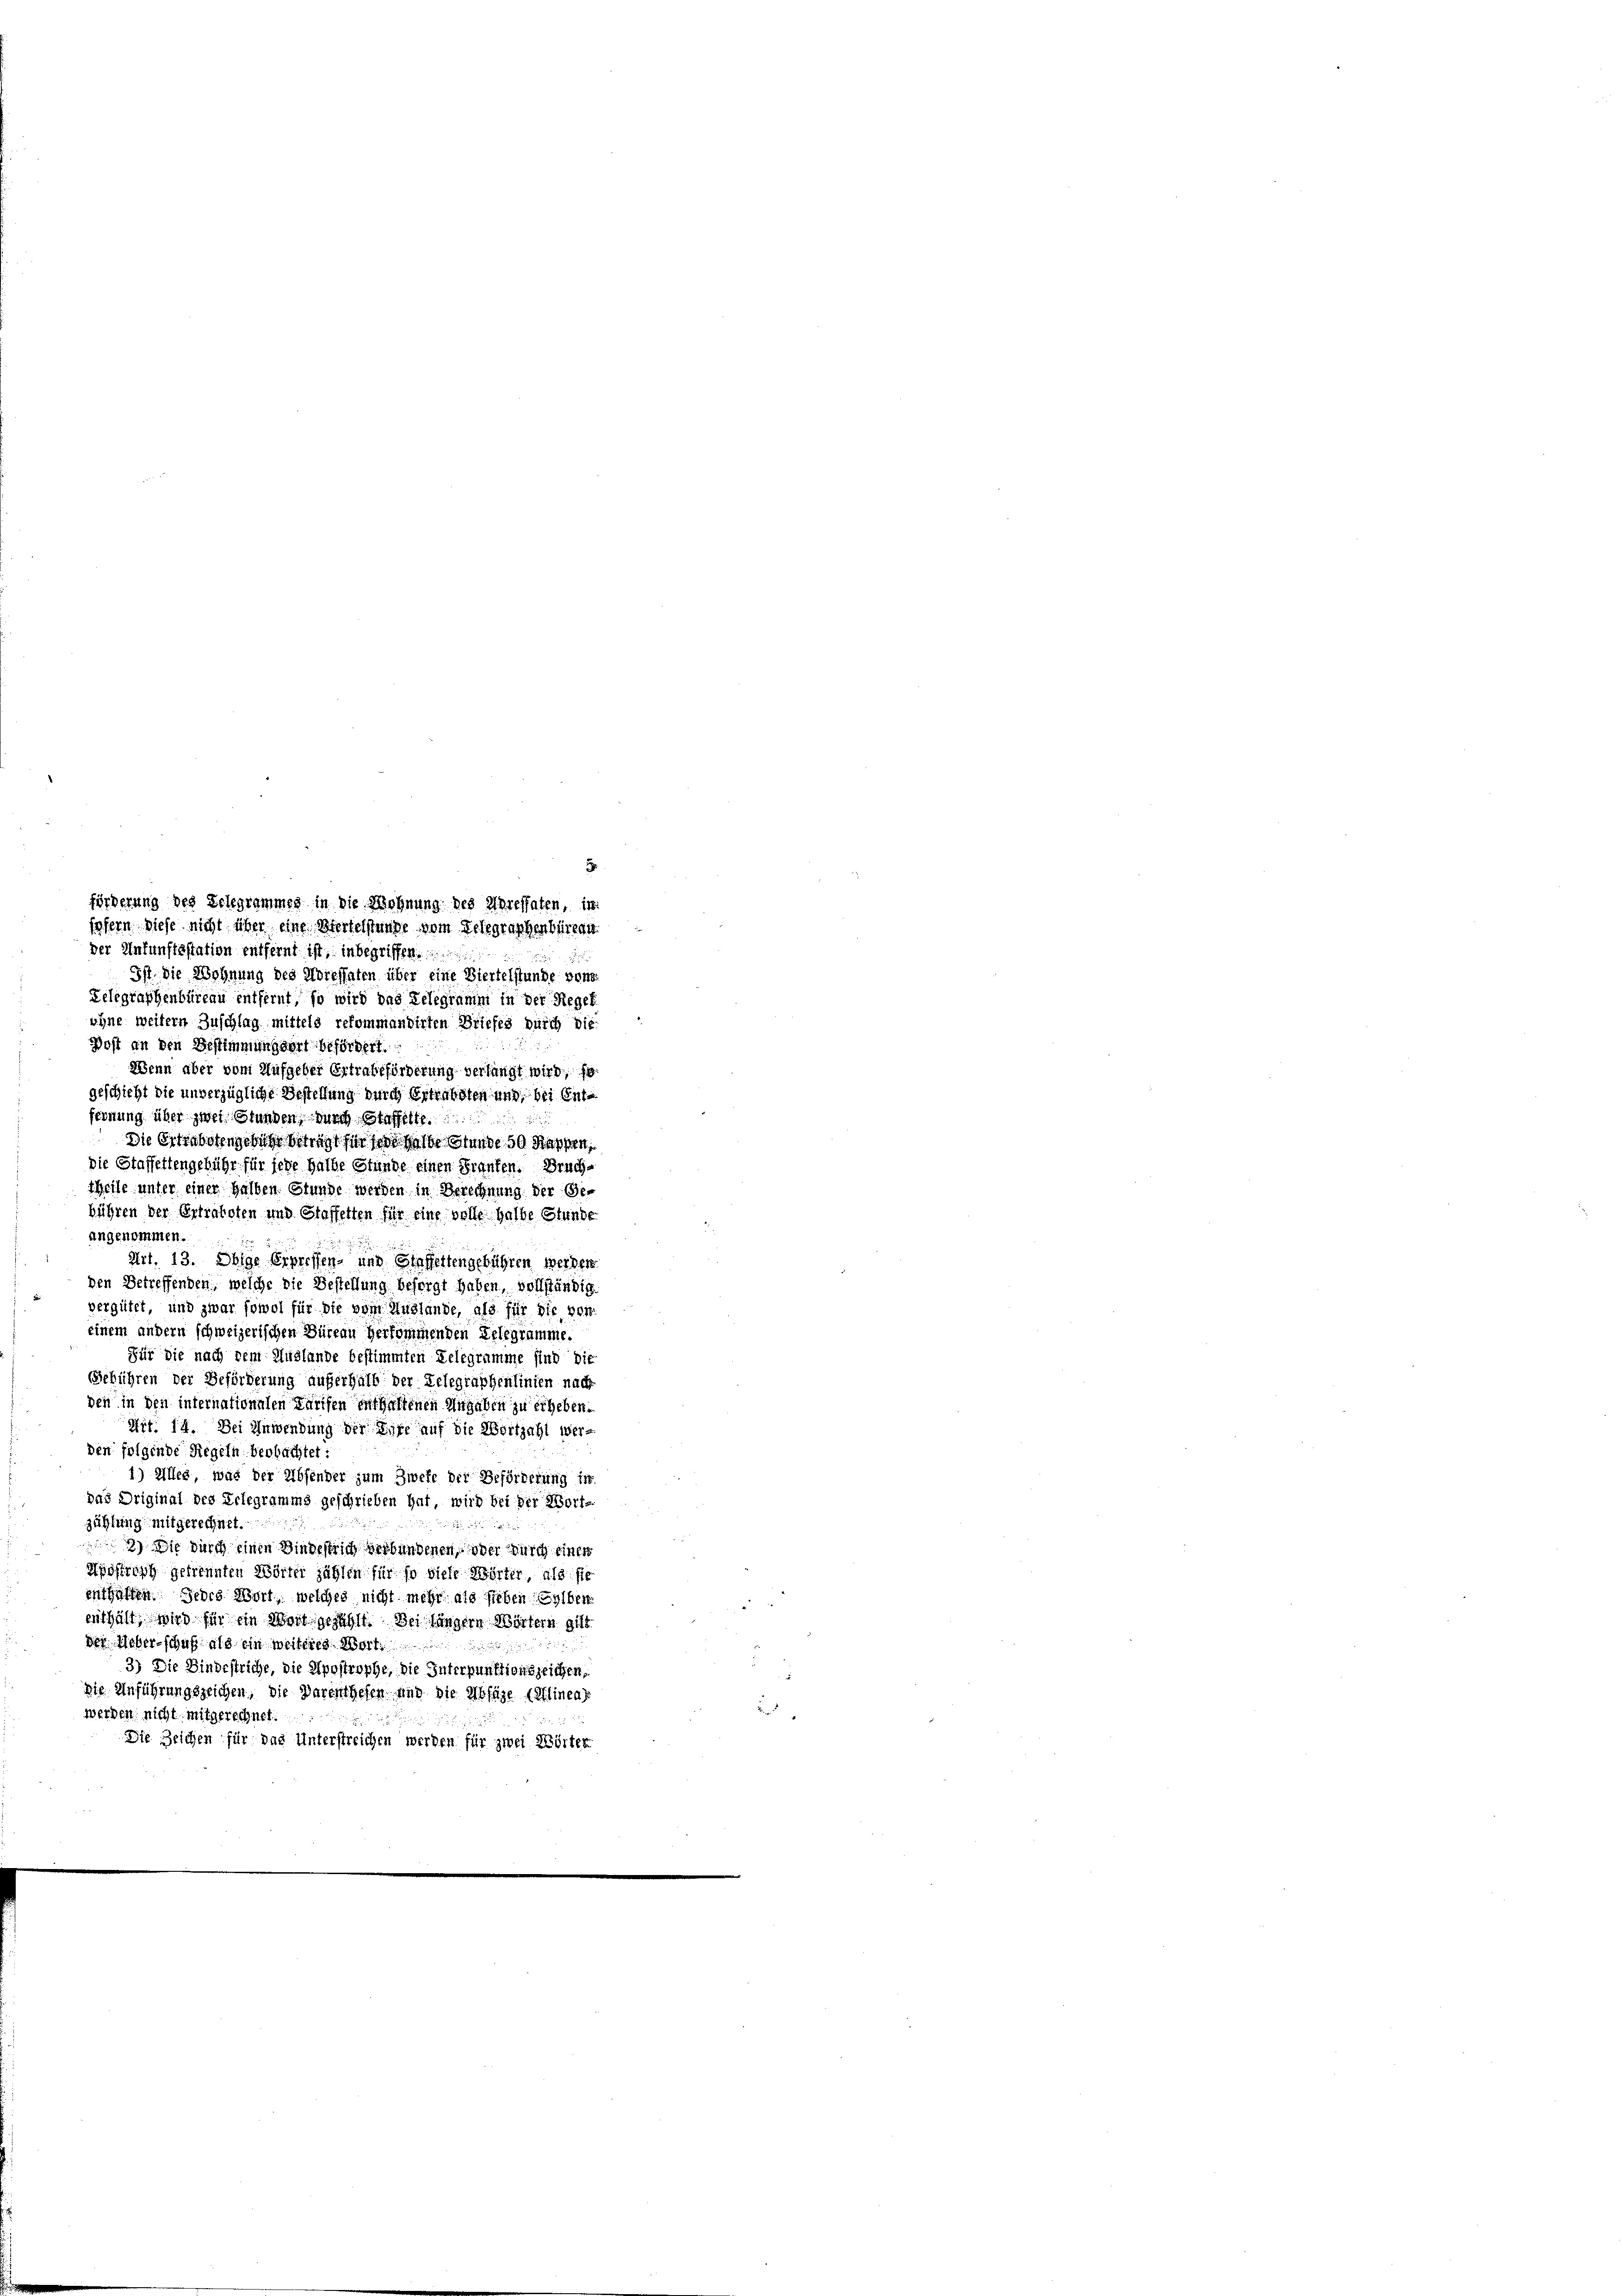
der Infunftsstation entfernt ist, inbegriffen.
Ist. Die Wohnung des Adressaten über eine Viertelstunde von
Lelegraphenbüreau entfernt, so wird das Gelegramm in der Regel
ohne weitern Zuschlag mittels rekommandirten Briefes durch die
Jost an den Bestimmungsort befördert.
Wenn aber vom Aufgeber Ertrabtförderung verlangt wird, so
geschicht die unverzügliche Bestellung durch Ertragsten und bei Enternung über zwei Stunden, durch Staffelte
die Bittsbotengeben betragt für sie selbe Stunde 50 Rappen,
die Staffettengebühr für jede halbe Stunde einen Franken. Brachtheile unter einer halben Stunde werden in Berechnung der Gebühren der Ertratoren und Staffetten für eine volle halbe Stunde
angenommen.

Art. 13. Obige Erpreffen- und Glaffettengebühren werden
den Betreffenden, welche die Bestellung besorgt haben, vollständig
vergütet, und zwar sowol für die vom Auslande, als für die von
einem andern schweizerischen Büreau herkommenden Gelegramme.
Für die nach dem Auslande bestimmten Gelegramme sind die
Gebühren der Beförderung auferhalb der Gelegraphenlinien nach
den in den internationalen Tarifen enthaltenen Angaben zu erheben.
Nit. 14. Der Anwendung der Life auf die Wortzahl werden folgende Riegeln beobachtet:
1) Alles, was der Absender zum Zweke die Beförderung in
das Original des Telegramms geschrieben hat, wird bei der Wort-
zählung mitgerechnet.
2) Die durch einen Kindestrich verbundenen, oder durch einer
Hofrath getrennten Wörter zählen für so diese Wörter, als sie
enthalten. Jedes Wort, welches nicht mehr als sieben selben
enthält, wird für ein Wort gezählt. Bei längere Wörtern gilt
der. Weberschuß als ein weiteres Wort
3) Die Bindestriche, die Apostrophe, die Interpunktionszeichen,
die Anführungszeichen, die Parenthefen und die Absage (Alinear
werden nicht mitgerechnet.
Die Zeichen für das Unterstreichen werden für zwei Wörter

förderung des Telegrammes in die Wohnung des Ihressaten, in
sofern diese nicht über eine Oberfelstunge vom Telegraphenbürgen.

d

d